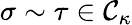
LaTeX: \sigma\sim\tau\in\mathcal{C}_{\kappa}